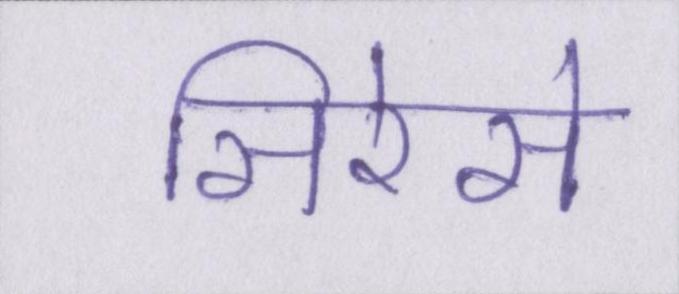
सिरेसे